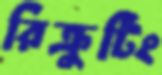
রিক্রুটিং